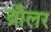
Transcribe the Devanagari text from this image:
ब्रौलर